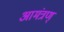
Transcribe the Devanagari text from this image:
आमंत्रण्